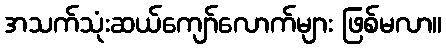
အသက်သုံးဆယ်ကျော်လောက်များ ဖြစ်မလာ။